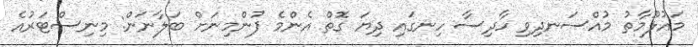
މައުލޫމާތު މުއްސަނދިވި ހާދިސާ ހިނގައި ދިޔަ ގޮތް އެންމެ ފުންމިނަށް ބަލާނަން: މިނިސްޓަރުއެ